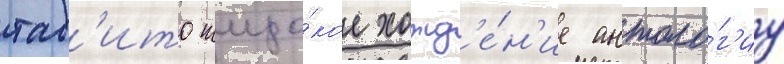
таб'ито широ́кое хожд'е́н'ие антоло́г'иу